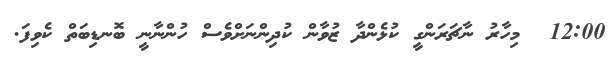
12:00  މިހާރު ނާޗަރަންގީ ކުޅެންދާ ޒުވާން ކުދިންނަށްވެސް ހުންނާނީ ބޮނޑިބަތް ކެވިފަ.